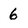
Character: 6